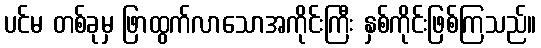
ပင်မ တစ်ခုမှ ဖြာထွက်လာသောအကိုင်းကြီး နှစ်ကိုင်းဖြစ်ကြသည်။